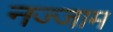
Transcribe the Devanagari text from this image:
नज्जाम